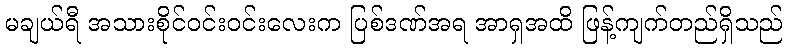
မချယ်ရီ အသားစိုင်ဝင်းဝင်းလေးက ပြစ်ဒဏ်အရ အာရှအထိ ဖြန့်ကျက်တည်ရှိသည်